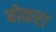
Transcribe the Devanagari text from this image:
बोकरा